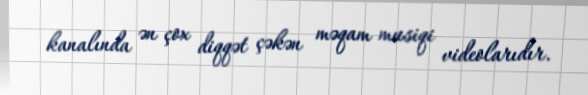
kanalında ən çox diqqət çəkən məqam musiqi videolarıdır.